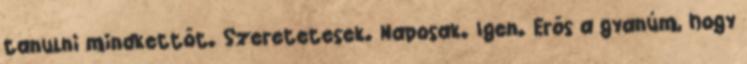
tanulni mindkettőt. Szeretetesek. Naposak. Igen. Erős a gyanúm, hogy